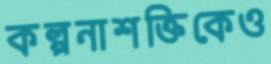
কল্পনাশক্তিকেও